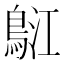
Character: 𪀤